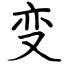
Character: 变